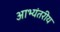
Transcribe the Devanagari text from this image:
आभ्यंतरीय